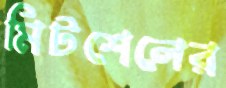
মিটশেলের